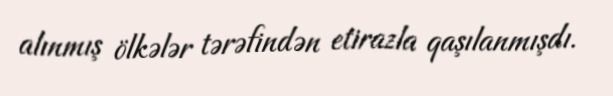
alınmış ölkələr tərəfindən etirazla qaşılanmışdı.